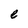
Character: e